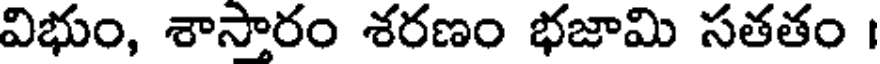
విభుం, శాసారం శరణం భజామి సతతం ।